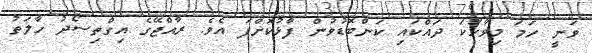
ވަނީ ހަމަ މިވާހަކަ ދައްކައި ކަންބޮޑުވުން ފާޅުކޮށްފަ އެވެ. ރާއްޖޭގެ އިގްތިސޯދު ހާލަތު